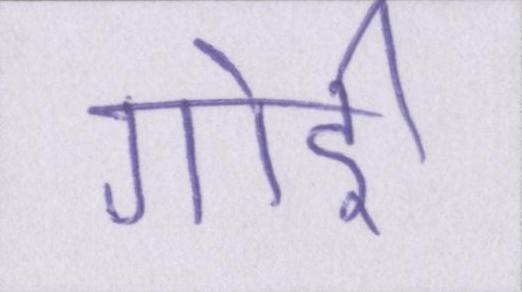
गोई